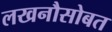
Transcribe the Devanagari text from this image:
लखनौसोबत